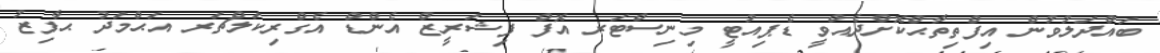
ބައްދަލުވުން އިފްތިތާޙްކޮށްދެއްވީ ޑެޕިއުޓީ މިނިސްޓަރ އޮފް ފިޝަރީޒް އެންޑް އެގްރިކަލްޗަރ އަޙްމަދު ޙާފިޒު